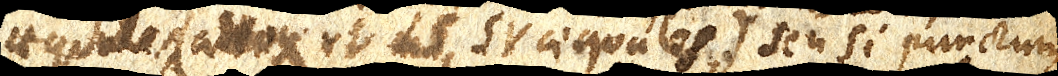
aequales (adeoque et LS, SV aequales,) seu si punctum